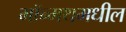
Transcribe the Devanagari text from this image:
मॉन्मथमधील